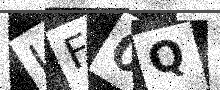
Text: LF0Q